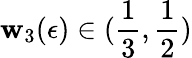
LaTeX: \mathbf{w}_{3}(\epsilon)\in(\frac{{1}}{{3}},\frac{{1}}{{2}})